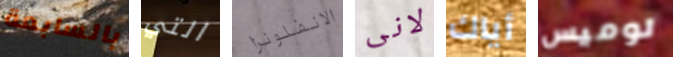
بالسابعة التي الانفلونزا لانى أياك لوميس